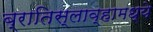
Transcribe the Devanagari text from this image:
ब्रातिस्लाव्हामध्ये